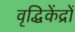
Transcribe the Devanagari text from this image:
वृद्धिकेंद्रों